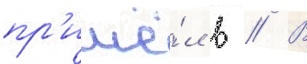
пр'ишё́л в // В